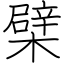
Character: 檗